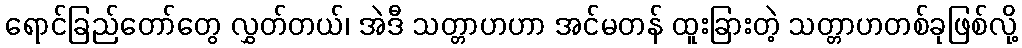
ရောင်ခြည်တော်တွေ လွှတ်တယ်၊ အဲဒီ သတ္တာဟဟာ အင်မတန် ထူးခြားတဲ့ သတ္တာဟတစ်ခုဖြစ်လို့